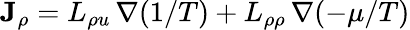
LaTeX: \mathbf{J}_{\rho}=L_{\rho u}\, \nabla(1/T)+L_{\rho\rho}\, \nabla(-\mu/T)